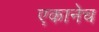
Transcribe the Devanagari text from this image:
एकानेच